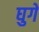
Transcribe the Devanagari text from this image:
घुगे